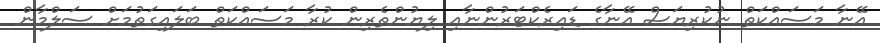
އޭނާ މަސައްކަތް ނުކުރިޔަސް އޭނާގެ ޑައިރެކްޓަރުންނާއި ލިޔުންތެރިން ކުރާ މަސައްކަތް ބަލައިގަތުމަށް ސަލްމާން